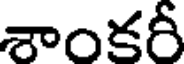
శాంకరీ